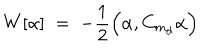
W [ \alpha ] \; = \; - \frac { 1 } { 2 } \Big ( \alpha , C _ { m _ { d } } \alpha \Big )